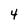
Character: 4